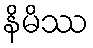
နိမိဿ